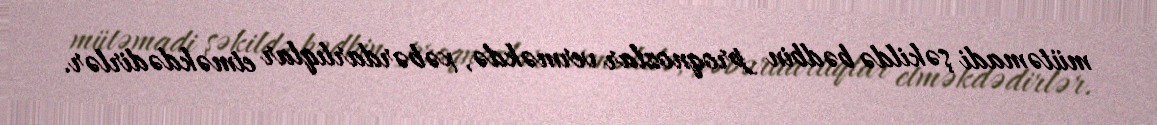
mütəmadi şəkildə bədbin proqnozlar verməkdə, xəbərdarlıqlar etməkdədirlər.